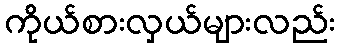
ကိုယ်စားလှယ်များလည်း